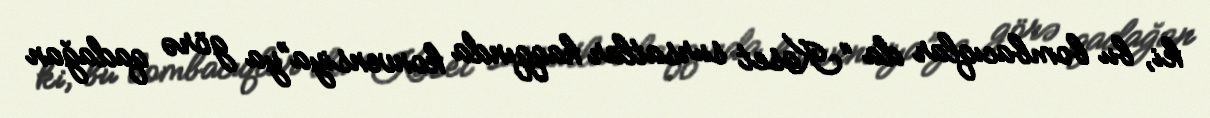
ki, bu bombacıqlar da “Kaset sursatlar haqqında konvensiya”ya görə qadağan